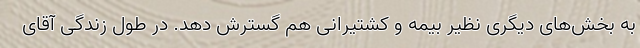
به بخش‌های دیگری نظیر بیمه و کشتیرانی هم گسترش دهد. در طول زندگی آقای